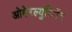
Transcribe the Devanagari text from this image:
ओबेरल्युटिनेंट